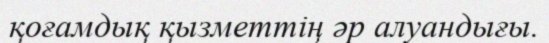
қоғамдық қызметтің әр алуандығы.